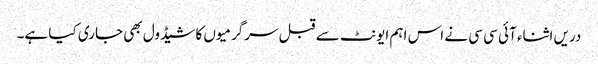
دریں اثناء آئی سی سی نے اس اہم ایونٹ سے قبل سرگرمیوں کا شیڈول بھی جاری کیا ہے۔